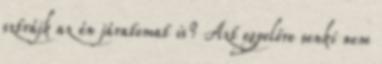
sztrájk az én járatomat is? Azt egyelőre senki nem